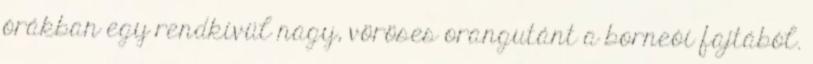
órákban egy rendkívül nagy, vöröses orangutánt a borneói fajtából.